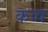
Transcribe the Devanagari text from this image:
कव्व